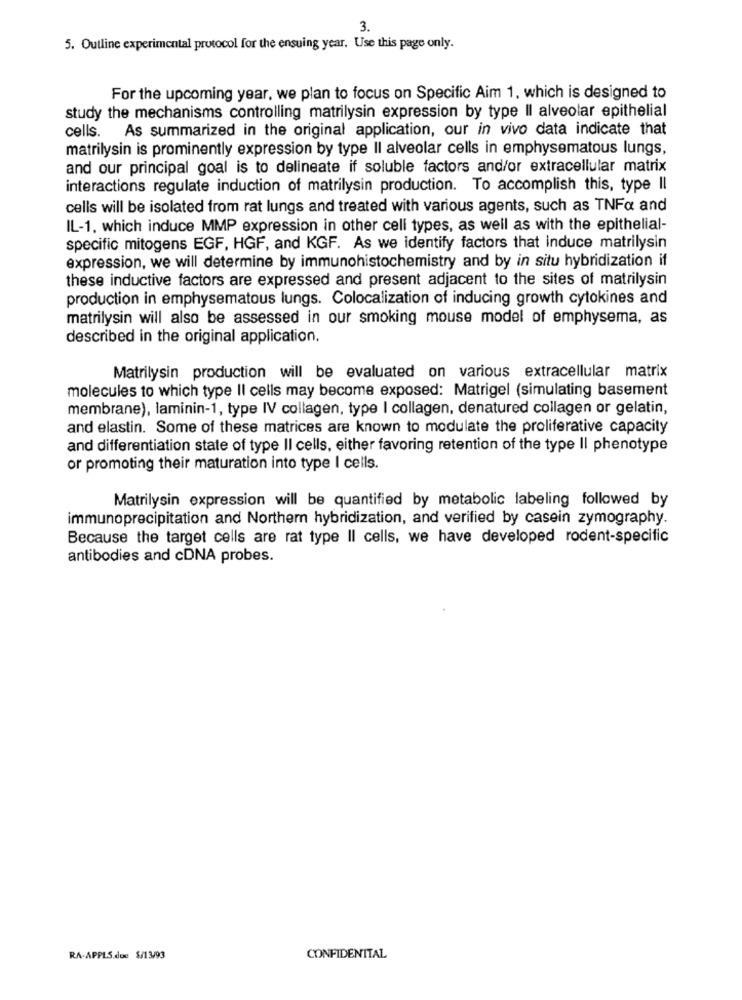
3.
5. Outline experimental protocol for the ensuing year. Use this page only.
For the upcoming year, we plan to focus on Specific Aim 1, which is designed to
study the mechanisms controlling matrilysin expression by type Il alveolar epithelial
cells. As summarized in the original application, our in vivo data indicate that
matrilysin is prominently expression by type Il alveolar cells in emphysematous lungs,
and our principal goal is to delineate if soluble factors and/or extracellular matrix
interactions regulate induction of matrilysin production. To accomplish this, type II
cells will be isolated from rat lungs and treated with various agents, such as TNFa and
IL-1, which induce MMP expression in other cell types, as well as with the epithelial-
specific mitogens EGF, HGF, and KGF. As we identify factors that induce matrilysin
expression, we will determine by immunohistochemistry and by in situ hybridization if
these inductive factors are expressed and present adjacent to the sites of matrilysin
production in emphysematous lungs. Colocalization of inducing growth cytokines and
matrilysin will also be assessed in our smoking mouse model of emphysema, as
described in the original application.
Matrilysin production will be evaluated on various extracellular matrix
molecules to which type II cells may become exposed: Matrigel (simulating basement
membrane), laminin-1, type IV collagen, type I collagen, denatured collagen or gelatin,
and elastin. Some of these matrices are known to modulate the proliferative capacity
and differentiation state of type II cells, either favoring retention of the type Il phenotype
or promoting their maturation into type I cells.
Matrilysin expression will be quantified by metabolic labeling followed by
immunoprecipitation and Northern hybridization, and verified by casein zymography.
Because the target cells are rat type Il cells, we have developed rodent-specific
antibodies and cDNA probes.
RA-APPLS.due $/13/93
CONFIDENTTAL